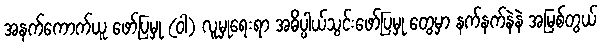
အနက်ကောက်ယူ ဖော်ပြမှု (ဝါ) လူမှုရေးရာ အဓိပ္ပါယ်သွင်းဖော်ပြမှု တွေမှာ နက်နက်နဲနဲ အမြစ်တွယ်